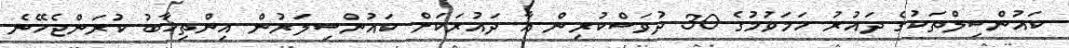
ކައުންސިލްތަކުގެ ދައުރު ހަމަވުމުގެ 30 ދުވަސްކުރިން އާ ދައުރަކަށް ކައުންސިލަރުން އިންތިޚާބު ކުރަންޖެހޭނެ